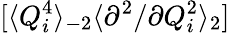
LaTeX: [\langle Q_{i}^{4}\rangle_{-2}\langle{\partial^{2}}/{\partial Q_{i}^{2}}\rangle_{2}]